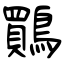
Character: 鷶